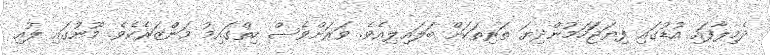
ދެމިލާފައި އުޑުގައި ފިޔަޖަަހަމުންދިޔަ ތަރިތަކަށް ބަލައިލިއެވެ. ވަރަށްވެސް ހިތްގައިމު މަންްޒަރެކެވެ. މޫނުގައި ލުއި